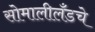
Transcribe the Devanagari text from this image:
सोमालीलँडचे